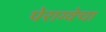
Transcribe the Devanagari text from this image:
पेराग्वेचा